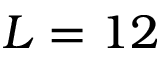
L = 1 2